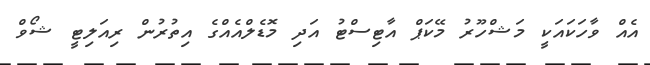
އެއް ވާހަކައަކީ މަޝްހޫރު މޭކަޕް އާޓިސްޓު އަދި މޮޑެލްއެއްގެ އިތުރުން ރިއަލިޓީ ޝޯވް